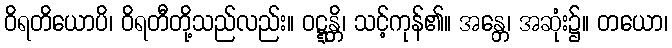
ဝိရတိယောပိ၊ ဝိရတီတို့သည်လည်း။ ဝဋ္ဋန္တိ၊ သင့်ကုန်၏။ အန္တေ၊ အဆုံး၌။ တယော၊